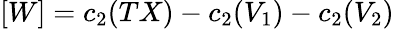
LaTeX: [W]=c_{2}(TX)-c_{2}(V_{1})-c_{2}(V_{2})